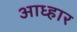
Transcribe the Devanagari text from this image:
आध्हार